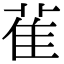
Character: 雈